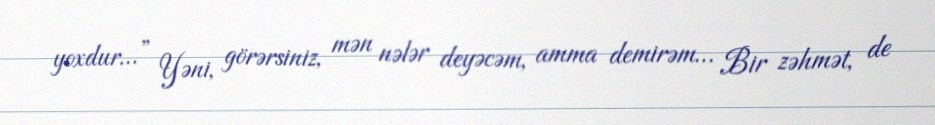
yoxdur…” Yəni, görərsiniz, mən nələr deyəcəm, amma demirəm… Bir zəhmət, de